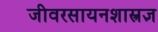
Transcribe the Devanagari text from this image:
जीवरसायनशास्त्रज्ञ